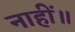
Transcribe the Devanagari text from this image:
नाहीं॥